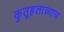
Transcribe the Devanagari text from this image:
कुतूहलाच्याच